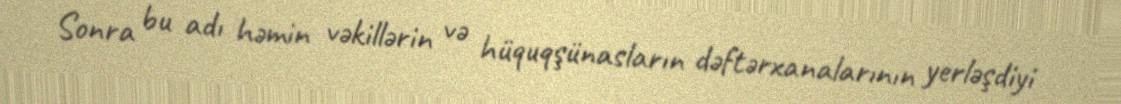
Sonra bu adı həmin vəkillərin və hüquqşünasların dəftərxanalarının yerləşdiyi